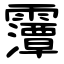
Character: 䨵